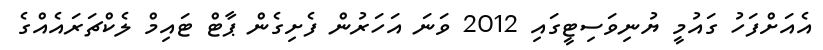
އެއަށްފަހު ގައުމީ ޔުނިވަސިޓީގައި 2012 ވަނަ އަހަރުން ފެށިގެން ޕާޓް ޓައިމް ލެކްޗަރައެއްގެ